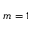
m = 1